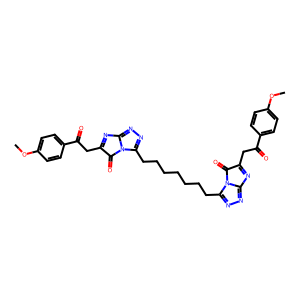
SMILES: COc1ccc(C(=O)CC2=Nc3nnc(CCCCCCCc4nnc5n4C(=O)C(CC(=O)c4ccc(OC)cc4)=N5)n3C2=O)cc1
Inhibits HIV replication: No